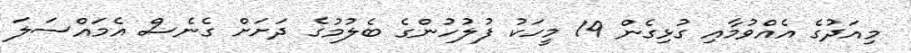
މިއަދުގެ އެއްވުމާއި ގުޅިގެން 19 މީހަކު ފުލުހުންގެ ބެލުމުގެ ދަށަށް ގެނެސް އެމައްސަލަ